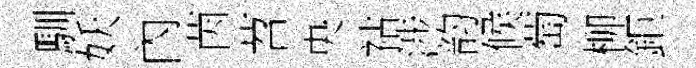
馴妖內茵苕央祜涉韵候萄柳鉅